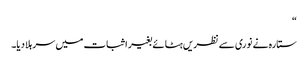
“
ستارہ نے نوری سے نظریں ہٹائے بغیر اثبات میں سر ہلا دیا۔